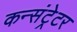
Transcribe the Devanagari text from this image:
कन्संट्रेटर